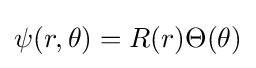
\psi (r,\theta )=R(r)\Theta (\theta )